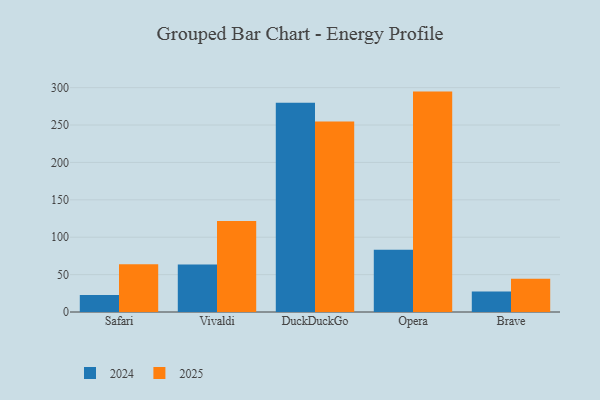
{"axis": {"x": "Browser", "y": "Latency (ms)"}, "legend": ["2024", "2025"], "data": [{"x": "Safari", "y": 22.7, "type": "2024"}, {"x": "Safari", "y": 63.9, "type": "2025"}, {"x": "Vivaldi", "y": 63.5, "type": "2024"}, {"x": "Vivaldi", "y": 121.6, "type": "2025"}, {"x": "DuckDuckGo", "y": 279.8, "type": "2024"}, {"x": "DuckDuckGo", "y": 254.8, "type": "2025"}, {"x": "Opera", "y": 83.1, "type": "2024"}, {"x": "Opera", "y": 294.7, "type": "2025"}, {"x": "Brave", "y": 27.5, "type": "2024"}, {"x": "Brave", "y": 44.6, "type": "2025"}]}